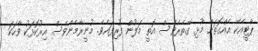
ޕާޓީއެކޭ އެއްގޮތަށް މުޅި ގޭތެރެވެސް އޮތީ މަލުން ފުރިފައެވެ. މުނީރާމެންވެސް އިރުކޮޅަކު ވާހަކަ